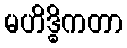
မဟိဒ္ဓိကတာ